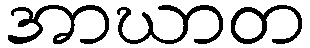
အာဃာတ